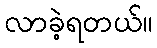
လာခဲ့ရတယ်။